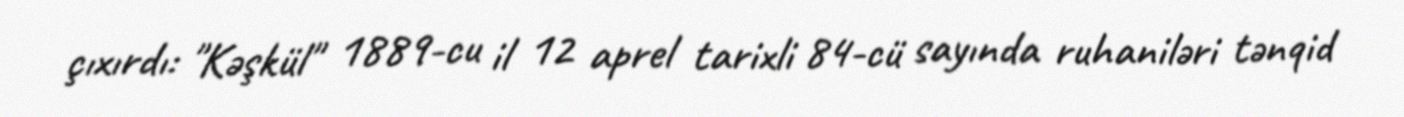
çıxırdı: "Kəşkül" 1889-cu il 12 aprel tarixli 84-cü sayında ruhaniləri tənqid